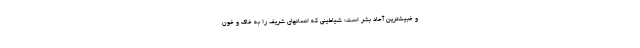
و خبیث‌ترین آحاد بشر است؛ شیاطینی که انسانهای شریف را به خاک و خون